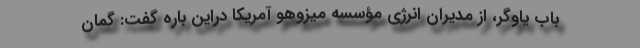
باب یاوگر، از مدیران انرژی مؤسسه میزوهو آمریکا دراین باره گفت: گمان